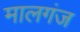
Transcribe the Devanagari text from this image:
मालगंज